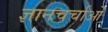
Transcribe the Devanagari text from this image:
ज्ञानचर्चाओं